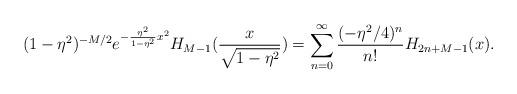
LaTeX: \begin{align*}(1-\eta^2)^{-M/2}e^{-{\eta^2\over{1-\eta^2}}x^2} H_{M-1}({x\over\sqrt{1-\eta^2}}) = \sum_{n=0}^\infty{(-\eta^2/4)^n\over{n!}}H_{2n+M-1}(x).\end{align*}